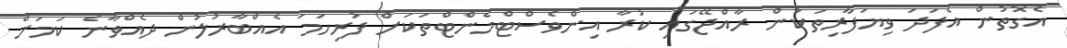
އެގޮތުން އެފަދަ ވިޔަފާރިތަކުން ރާއްޖޭގައި ކުރާ އިންވެސްޓްމެންޓްތަކަށް ފުރިހަމަ އެއްބާރުލުން ދެއްވާނެ ކަމަށް